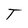
Character: T